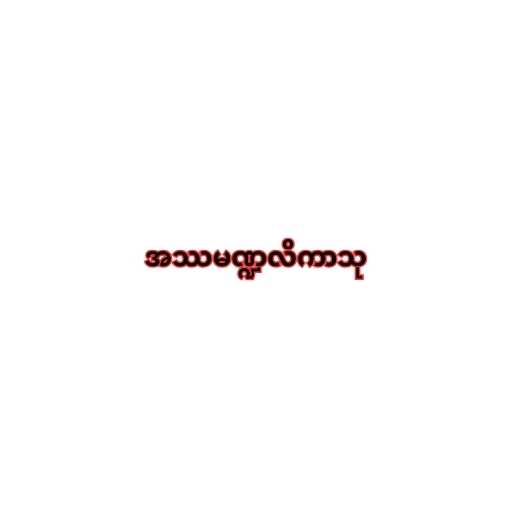
အဿမဏ္ဍလိကာသု